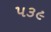
૫૩૯